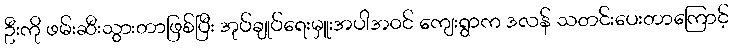
ဦးကို ဖမ်းဆီးသွားတာဖြစ်ပြီး အုပ်ချုပ်ရေးမှူးအပါအဝင် ကျေးရွာက ဒလန် သတင်းပေးတာကြောင့်